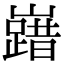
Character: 𡽞